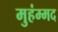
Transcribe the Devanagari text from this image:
मुहंम्मद